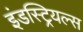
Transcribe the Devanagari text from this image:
इंडस्ट्रियल्स